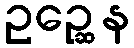
ဥဉ္ဆေန